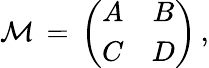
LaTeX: \begin{array}{l}{\displaystyle\mathcal{M}\, =\, \left(\begin{array}{cc}{A}&{B}\\ {C}&{D}\end{array}\right)\, ,}\end{array}